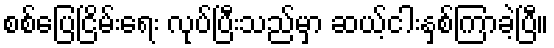
စစ်ပြေငြိမ်းရေး လုပ်ပြီးသည်မှာ ဆယ့်ငါးနှစ်ကြာခဲ့ပြီ။